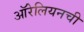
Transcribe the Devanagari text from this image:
ऑरेलियनची